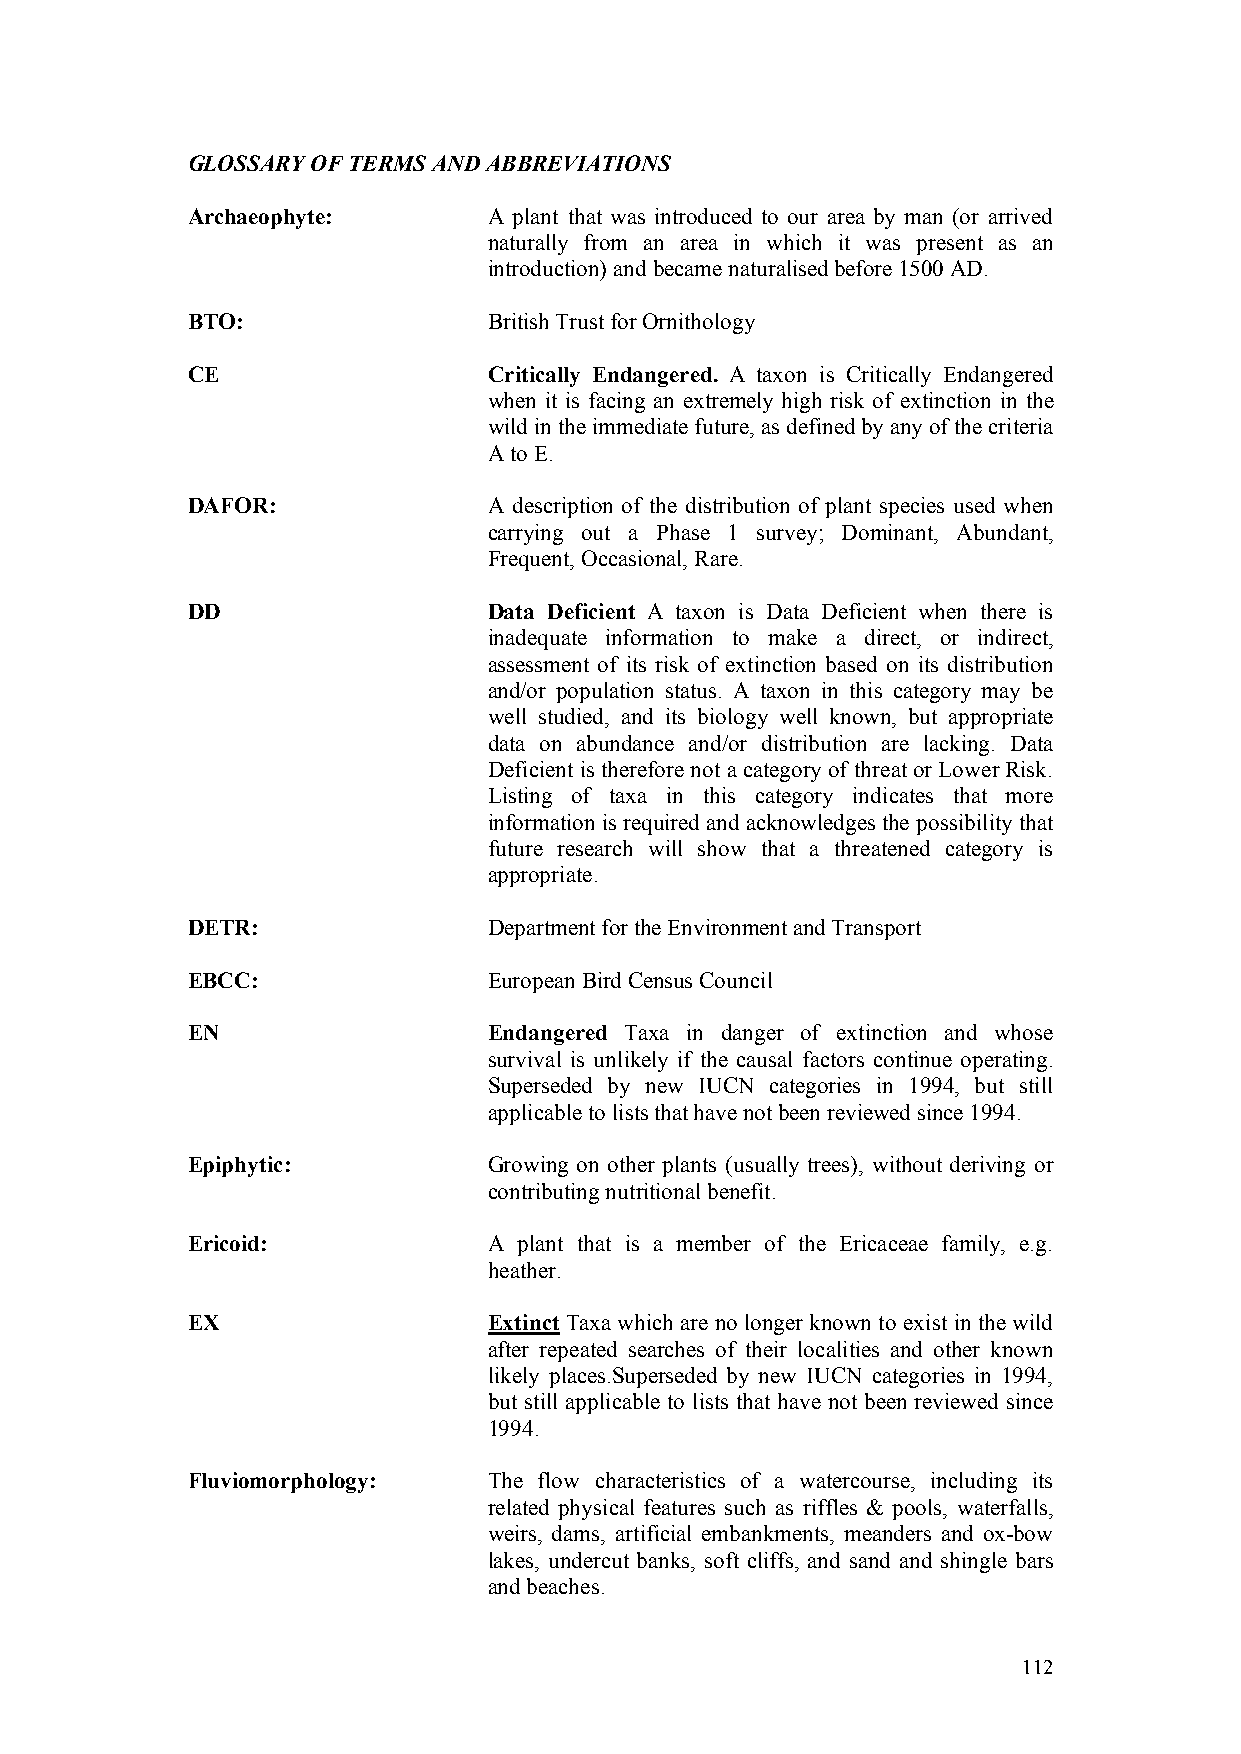
GLOSSARY OF TERMS AND ABBREVIATIONS
 Archaeophyte:       A plant that was introduced to our area by man (or arrived
 naturally from an area in which it was present as an
 introduction) and became naturalised before 1500 AD.
 BTO:                British Trust for Ornithology
 CE                  Critically Endangered. A taxon is Critically Endangered
 when it is facing an extremely high risk of extinction in the
 wild in the immediate future, as defined by any of the criteria
 A to E.
 DAFOR:              A description of the distribution of plant species used when
 carrying out a Phase 1 survey; Dominant, Abundant,
 Frequent, Occasional, Rare.
 DD                  Data Deficient A taxon is Data Deficient when there is
 inadequate information to make a direct, or indirect,
 assessment of its risk of extinction based on its distribution
 and/or population status. A taxon in this category may be
 well studied, and its biology well known, but appropriate
 data on abundance and/or distribution are lacking. Data
 Deficient is therefore not a category of threat or Lower Risk.
 Listing of taxa in this category indicates that more
 information is required and acknowledges the possibility that
 future research will show that a threatened category is
 appropriate.
 DETR:               Department for the Environment and Transport
 EBCC:               European Bird Census Council
 EN                  Endangered Taxa in danger of extinction and whose
 survival is unlikely if the causal factors continue operating.
 Superseded by new IUCN categories in 1994, but still
 applicable to lists that have not been reviewed since 1994.
 Epiphytic:          Growing on other plants (usually trees), without deriving or
 contributing nutritional benefit.
 Ericoid:            A plant that is a member of the Ericaceae family, e.g.
 heather.
 EX                  Extinct Taxa which are no longer known to exist in the wild
 after repeated searches of their localities and other known
 likely places.Superseded by new IUCN categories in 1994,
 but still applicable to lists that have not been reviewed since
 1994.
 Fluviomorphology:   The flow characteristics of a watercourse, including its
 related physical features such as riffles & pools, waterfalls,
 weirs, dams, artificial embankments, meanders and ox-bow
 lakes, undercut banks, soft cliffs, and sand and shingle bars
 and beaches.
 112